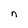
Character: n